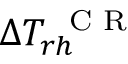
\Delta T _ { r h } ^ { \mathrm { ~ \scriptsize ~ C ~ R ~ } }